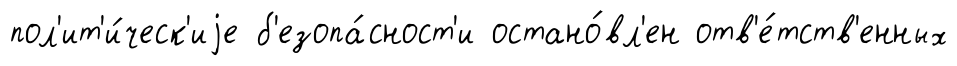
пол'ит'и́ческ'иjе б'езопа́сност'и остано́вл'ен отв'е́тств'енных